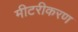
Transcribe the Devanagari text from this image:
मीटरीकरण